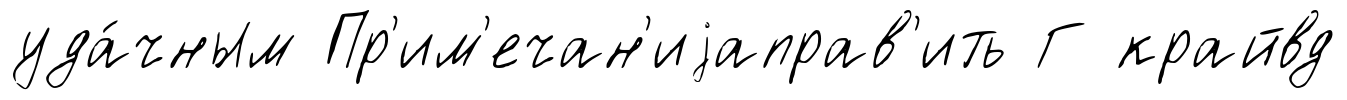
уда́чным Пр'им'ечан'иjаправ'ить Г крайвд